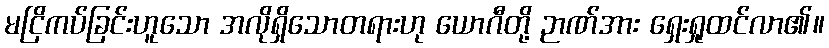
မငြိကပ်ခြင်းဟူသော အလိုရှိသောတရားဟု ယောဂီတို့ ဉာဏ်အား ရှေးရှုထင်လာ၏။